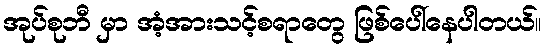
အုပ်စုဘီ မှာ အံ့အားသင့်စရာတွေ ဖြစ်ပေါ်နေပါတယ်။